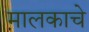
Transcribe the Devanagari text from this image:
मालकाचे